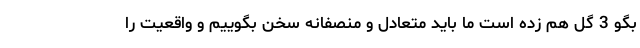
بگو 3 گل هم زده است ما باید متعادل و منصفانه سخن بگوییم و واقعیت را